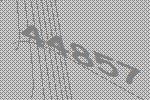
44857